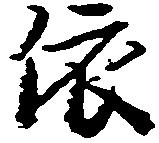
依